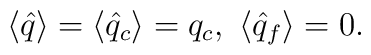
\langle \hat{q} \rangle = \langle \hat{q}_c \rangle = q_c,{}~ \langle \hat{q}_f \rangle = 0.